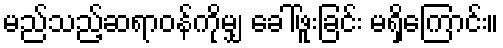
မည်သည့်ဆရာဝန်ကိုမျှ ခေါ်ဖူးခြင်း မရှိကြောင်း။